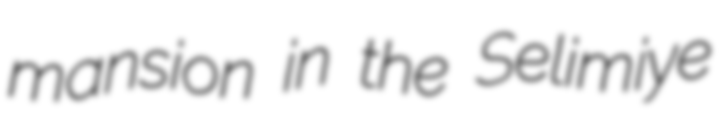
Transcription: mansion in the Selimiye